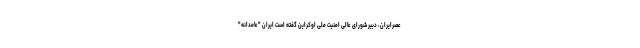
عصرایران، دبیر شورای عالی امنیت ملی اوکراین گفته است ایران "عامدانه"